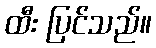
ထီး ပြင်သည်။